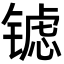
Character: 𮣶